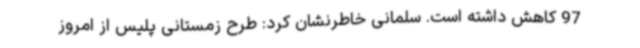
97 کاهش داشته است. سلمانی خاطرنشان کرد: طرح زمستانی پلیس از امروز